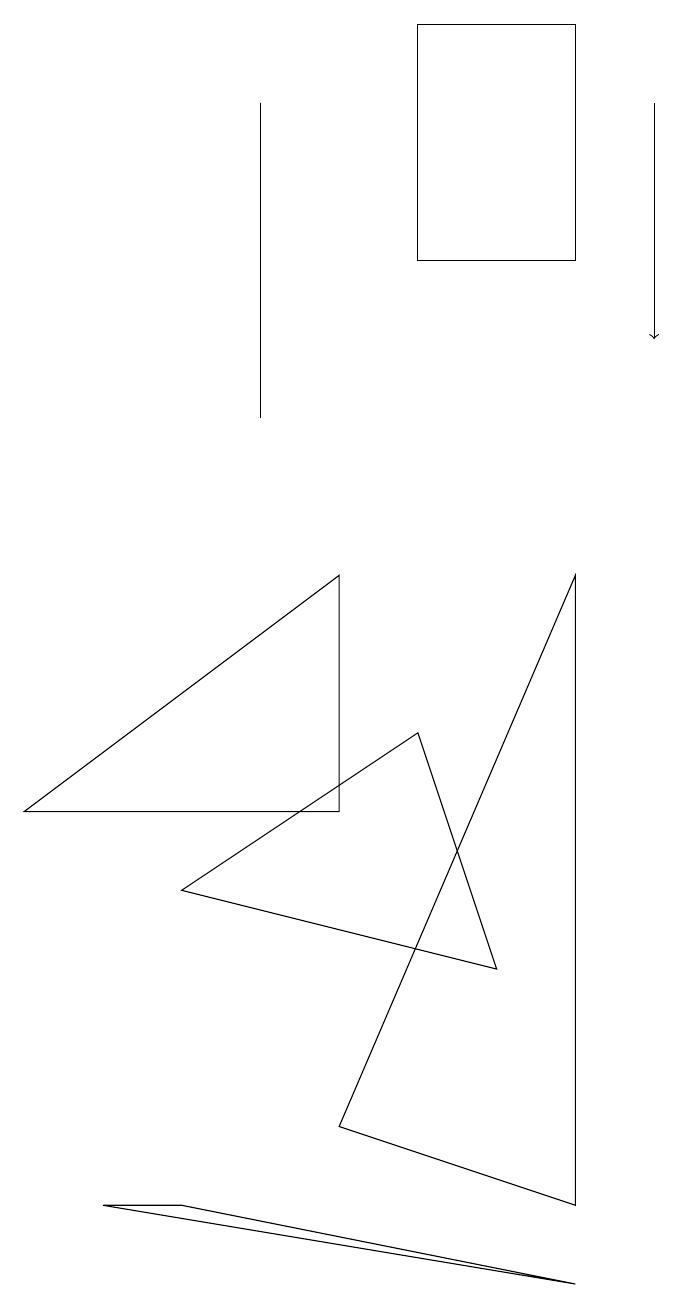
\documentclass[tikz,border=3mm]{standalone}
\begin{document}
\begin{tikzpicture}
\draw (0,6) -- (4,9) -- (4,6) -- cycle;
\draw (2,1) -- (7,0) -- (1,1) -- cycle;
\draw (3,11) rectangle (3,15);
\draw (7,1) -- (4,2) -- (7,9) -- cycle;
\draw (5,16) rectangle (7,13);
\draw (2,5) -- (5,7) -- (6,4) -- cycle;
\draw[->] (8,15) -- (8,12);
\draw (8,14) rectangle (8,14);
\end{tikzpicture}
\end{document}